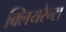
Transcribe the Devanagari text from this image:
क्लियरेन्स